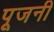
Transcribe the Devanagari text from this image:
पूजनी